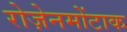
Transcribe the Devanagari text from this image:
रोज़ेनमोंटाक